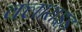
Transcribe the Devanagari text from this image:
क्लाराइड